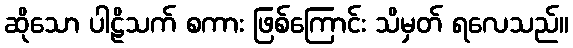
ဆိုသော ပါဠိသက် စကား ဖြစ်ကြောင်း သိမှတ် ရလေသည်။